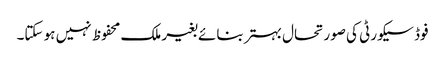
فوڈ سیکورٹی کی صورتحال بہتر بنائے بغیر ملک محفوظ نہیں ہو سکتا۔